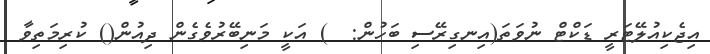
އިޖެކިއުލޭޓަރީ ޑަކްޓް ނުވަތަ(އިނގިރޭސި ބަހުން:  ) އަކީ މަނިބޭރުވެގެން ދިއުން() ކުރިމަތިވާ